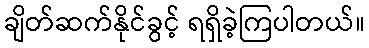
ချိတ်ဆက်နိုင်ခွင့် ရရှိခဲ့ကြပါတယ်။